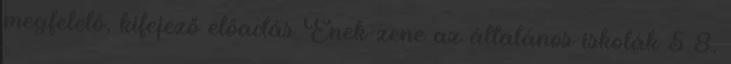
megfelelő, kifejező előadás Ének-zene az általános iskolák 5 8.